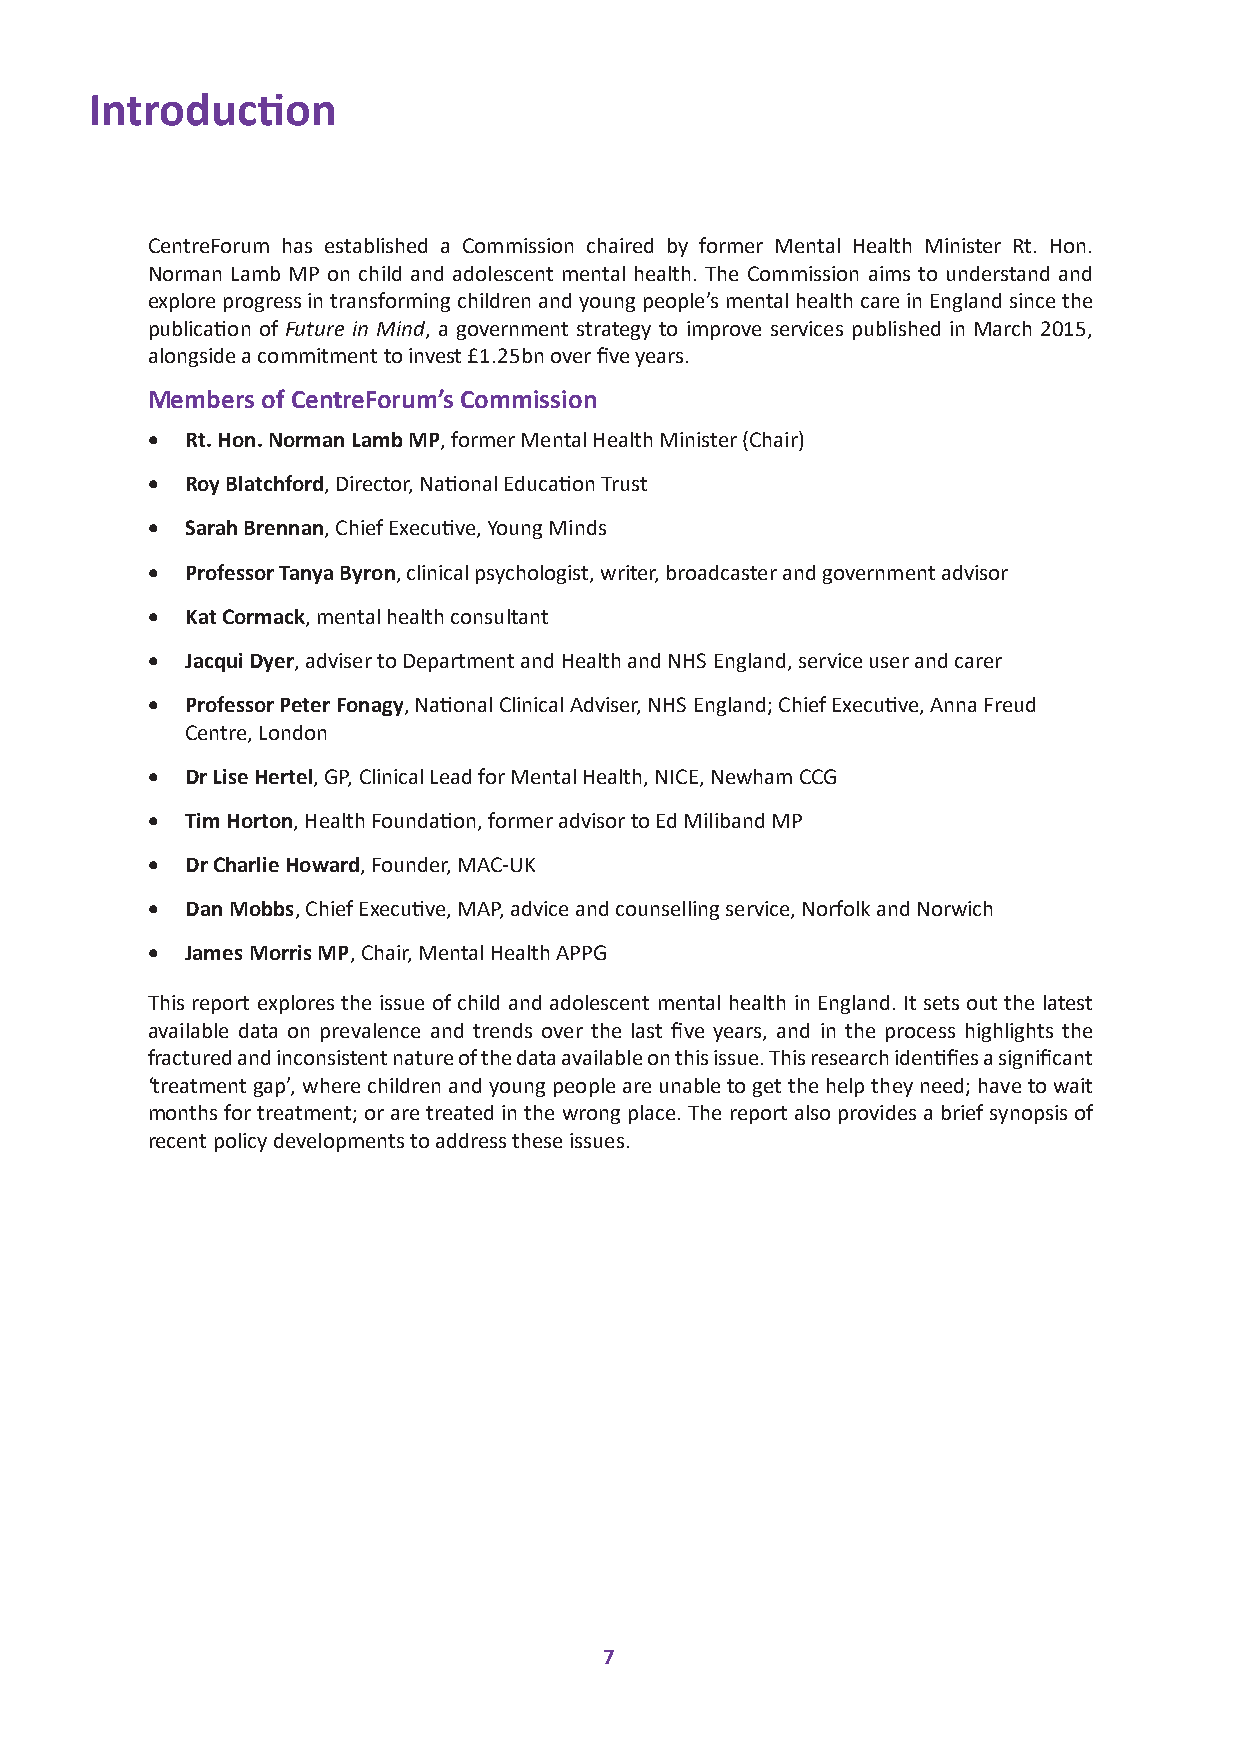
Introduction
 CentreForum has established a Commission chaired by former Mental Health Minister Rt. Hon.
 Norman Lamb MP on child and adolescent mental health. The Commission aims to understand and
 explore progress in transforming children and young people’s mental health care in England since the
 publication of Future in Mind, a government strategy to improve services published in March 2015,
 alongside a commitment to invest £1.25bn over five years.
 Members of CentreForum’s Commission
 • Rt. Hon. Norman Lamb MP, former Mental Health Minister (Chair)
 • Roy Blatchford, Director, National Education Trust
 • Sarah Brennan, Chief Executive, Young Minds
 • Professor Tanya Byron, clinical psychologist, writer, broadcaster and government advisor
 • Kat Cormack, mental health consultant
 • Jacqui Dyer, adviser to Department and Health and NHS England, service user and carer
 • Professor Peter Fonagy, National Clinical Adviser, NHS England; Chief Executive, Anna Freud
 Centre, London
 • Dr Lise Hertel, GP, Clinical Lead for Mental Health, NICE, Newham CCG
 • Tim Horton, Health Foundation, former advisor to Ed Miliband MP
 • Dr Charlie Howard, Founder, MAC-UK
 • Dan Mobbs, Chief Executive, MAP, advice and counselling service, Norfolk and Norwich
 • James Morris MP, Chair, Mental Health APPG
 This report explores the issue of child and adolescent mental health in England. It sets out the latest
 available data on prevalence and trends over the last five years, and in the process highlights the
 fractured and inconsistent nature of the data available on this issue. This research identifies a significant
 ‘treatment gap’, where children and young people are unable to get the help they need; have to wait
 months for treatment; or are treated in the wrong place. The report also provides a brief synopsis of
 recent policy developments to address these issues.
 7